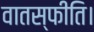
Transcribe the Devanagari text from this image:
वातस्फीति।